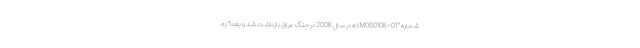
شماره " M060108-01 که در سال 2008 در جنگ عراق بازداشت شد و بعدا" به